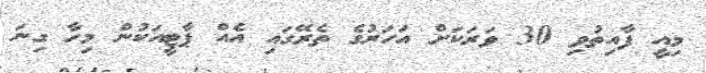
މިއީ ފާއިތުވި 30 ވަރަކަށް އަހަރުގެ ތެރޭގައި އެއް ޕާޓީއަކުން މިހާ ގިނަ